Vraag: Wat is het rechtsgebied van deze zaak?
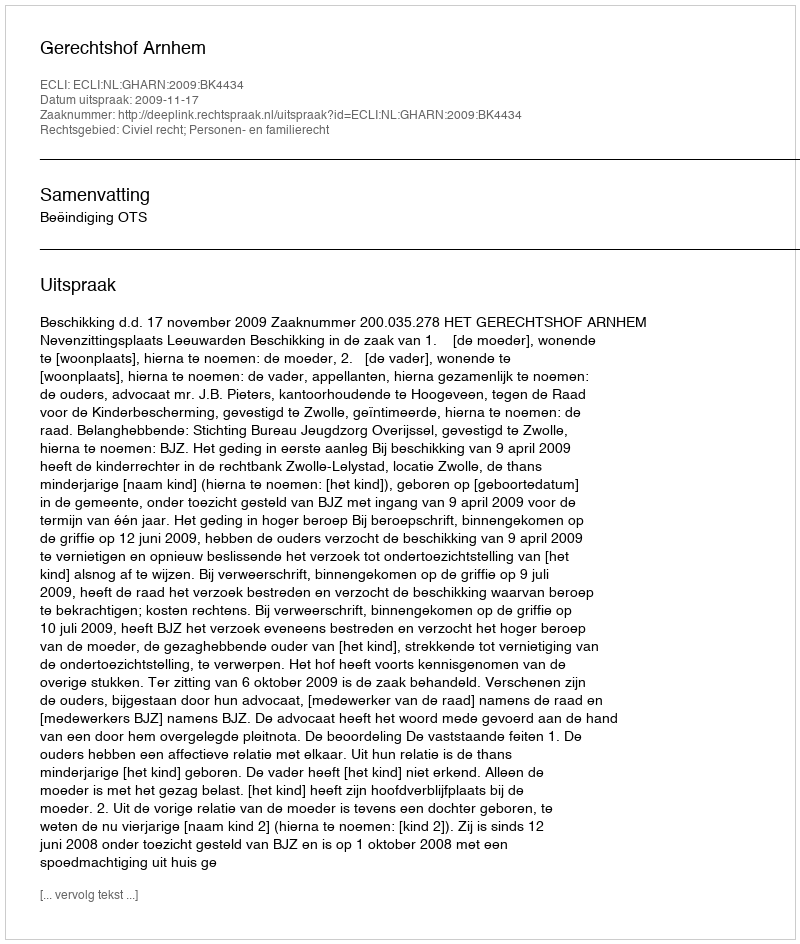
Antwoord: Civiel recht; Personen- en familierecht